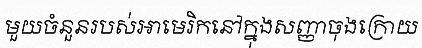
មួយចំនួនរបស់អាមេរិកនៅក្នុងសញ្ញាចុងក្រោយ